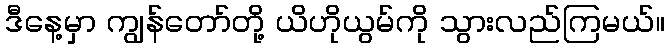
ဒီနေ့မှာ ကျွန်တော်တို့ ယိဟိုယွမ်ကို သွားလည်ကြမယ်။